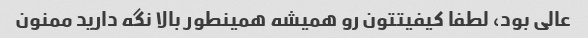
عالی بود، لطفا کیفیتتون رو همیشه همینطور بالا نگه دارید ممنون